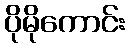
ပိုမိုကောင်း